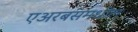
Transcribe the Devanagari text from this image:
एअरबसमधील